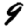
Digit: 9